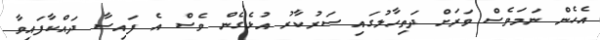
އެހެން ނަމަވެސް ވަރަށް ދަތިހާލުގައި ސަރުކާރު އުޅެގެން ވެސް އެ ފައިސާ ދައްކާފައިވާ